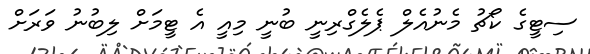
ސިޓީގެ ކޯޗު މެނުއެލް ޕެލެގްރިނީ ބުނީ މިއީ އެ ޓީމަށް ލިބުނު ވަރަށް